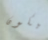
سيكون